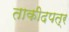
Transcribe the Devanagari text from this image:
ताकीदपत्र